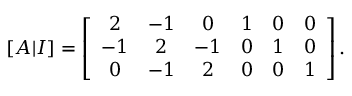
[ A | I ] = \left[ { \begin{array} { c c c c c c } { 2 } & { - 1 } & { 0 } & { 1 } & { 0 } & { 0 } \\ { - 1 } & { 2 } & { - 1 } & { 0 } & { 1 } & { 0 } \\ { 0 } & { - 1 } & { 2 } & { 0 } & { 0 } & { 1 } \end{array} } \right] .